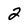
Character: 2